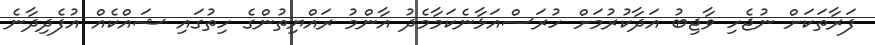
ފަރާތަކަށް ނުޖެހި ވާޖިބު އަދާކުރުމަށް ހުރަސްއަޅާނެކަމާމެދު އާންމު ރައްޔިތުންގެ ހިތުގައި ޝައްކެއް އުފެދިދާނެ